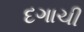
દગાચી